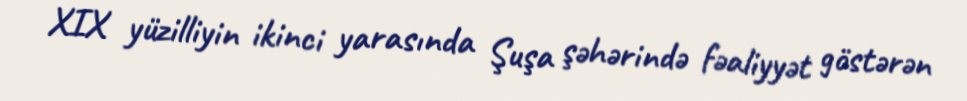
XIX yüzilliyin ikinci yarasında Şuşa şəhərində fəaliyyət göstərən